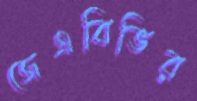
জেএবিভির